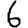
Digit: 6